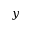
y